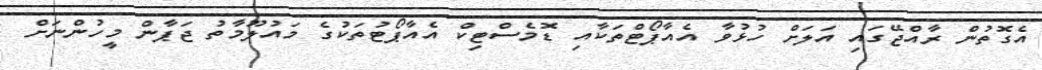
އެގޮތުން ރާއްޖޭގައި އަލަށް ހުޅުވާ އެއާޕޯޓްތަކާއި ޑޮމެސްޓިކް އެއާޕޯޓުތަކުގެ މައުލޫމާތު ޖަޕާން މީހުންނަށް